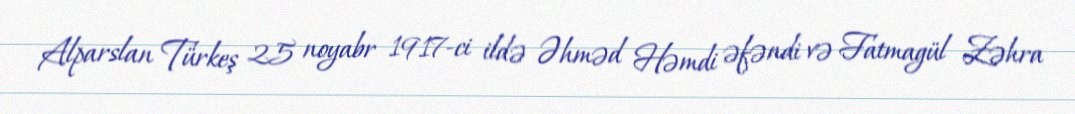
Alparslan Türkeş 25 noyabr 1917-ci ildə Əhməd Həmdi əfəndi və Fatmagül Zəhra